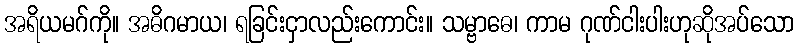
အရိယမဂ်ကို။ အဓိဂမာယ၊ ရခြင်းငှာလည်းကောင်း။ သမ္ဗာဓေ၊ ကာမ ဂုဏ်ငါးပါးဟုဆိုအပ်သော